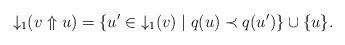
LaTeX: \begin{align*}{\downarrow_1}(v\Uparrow u)=\{u'\in{\downarrow_1}(v)\mid q(u)\prec q(u')\}\cup\{u\}.\end{align*}